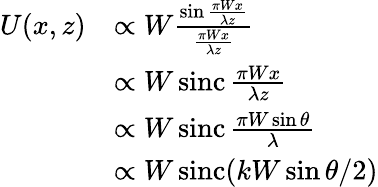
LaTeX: {\begin{array}{rl}{U(x,z)}&{\propto W{\frac{\sin{\frac{\pi Wx}{\lambda z}}}{\frac{\pi Wx}{\lambda z}}}}\\ &{\propto W\operatorname{sinc}{\frac{\pi Wx}{\lambda z}}}\\ &{\propto W\operatorname{sinc}{\frac{\pi W\sin\theta}{\lambda}}}\\ &{\propto W\operatorname{sinc}(kW\sin\theta/2)}\end{array}}